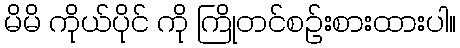
မိမိ ကိုယ်ပိုင် ကို ကြိုတင်စဉ်းစားထားပါ။